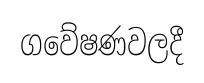
ගවේෂණවලදී